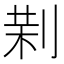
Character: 𠝚